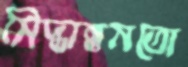
সিদ্ধান্তমতো